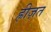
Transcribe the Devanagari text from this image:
ह्रीज़त